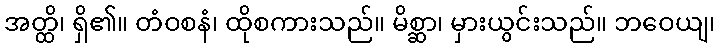
အတ္ထိ၊ ရှိ၏။ တံဝစနံ၊ ထိုစကားသည်။ မိစ္ဆာ၊ မှားယွင်းသည်။ ဘဝေယျ၊